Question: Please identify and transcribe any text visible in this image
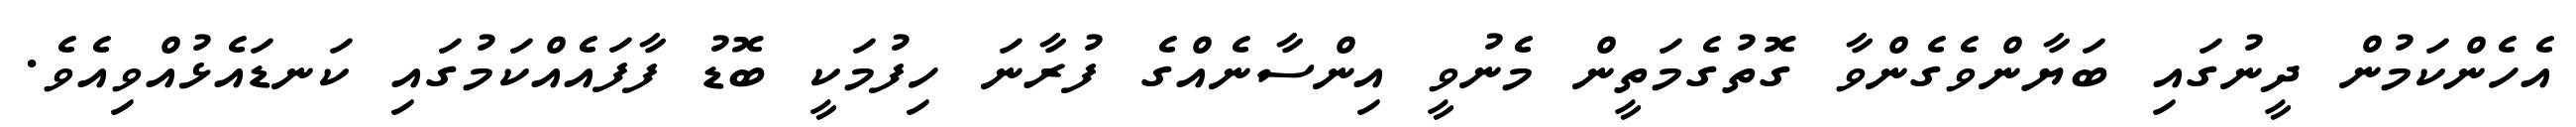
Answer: އެހެންކަމުން ދީނުގައި ބަޔާންވެގެންވާ ގޮތުގެމަތީން މެނުވީ އިންސާނެއްގެ ފުރާނަ ހިފުމަކީ ބޮޑު ފާފައެއްކަމުގައި ކަނޑައެޅުއްވިއެވެ.